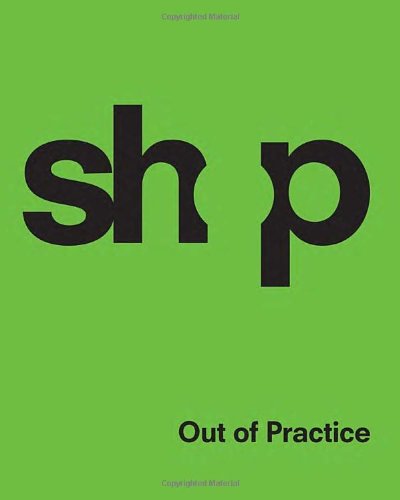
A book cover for SHoP: Out of Practice; SHoP Architects; Arts & Photography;